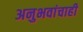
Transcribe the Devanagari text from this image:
अनुभवांचाही